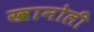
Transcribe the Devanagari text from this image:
खानोली